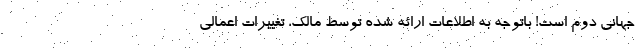
جهانی دوم است! باتوجه به اطلاعات ارائه شده توسط مالک، تغییرات اعمالی